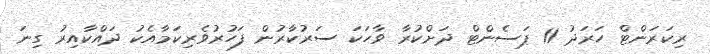
ރިކަރަންޓް ހަރަދު 11 ޕަސެންޓް ދަށްކުރާ ވާހަކަ ސަރުކާރުން ފަހުރުވެރިކަމާއެކު ދައްކާއިރު ގިނަ